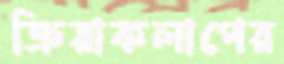
ক্রিয়াকলাপের